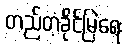
တည်တံ့ခိုင်မြဲရေး